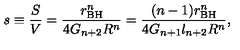
s \equiv \frac { S } { V } = \frac { r _ { \mathrm { B H } } ^ { n } } { 4 G _ { n + 2 } R ^ { n } } = \frac { ( n - 1 ) r _ { \mathrm { B H } } ^ { n } } { 4 G _ { n + 1 } l _ { n + 2 } R ^ { n } } ,